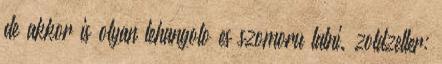
de akkor is olyan lehangolo es szomoru latni. zoldzeller: